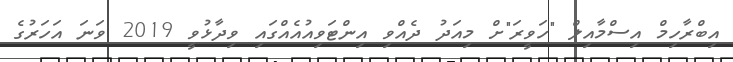
އިބްރާހިމް އިސްމާއިލް "ހަވީރަ"ށް މިއަދު ދެއްވި އިންޓަވިއުއެއްގައި ވިދާޅުވީ 2019 ވަނަ އަހަރުގެ